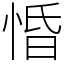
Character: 惛